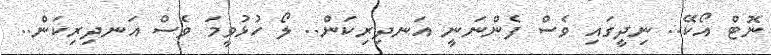
ނޮޓް އޯކޭ.. ނިދީގައި ވެސް ފެންނަނީ އަނދިރިކަން.. ލޯ ހުޅުވީމަ ވެސް އަނދިރިކަން..